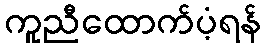
ကူညီထောက်ပံ့ရန်